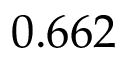
0 . 6 6 2